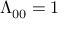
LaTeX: \Lambda _ { 0 0 } = 1